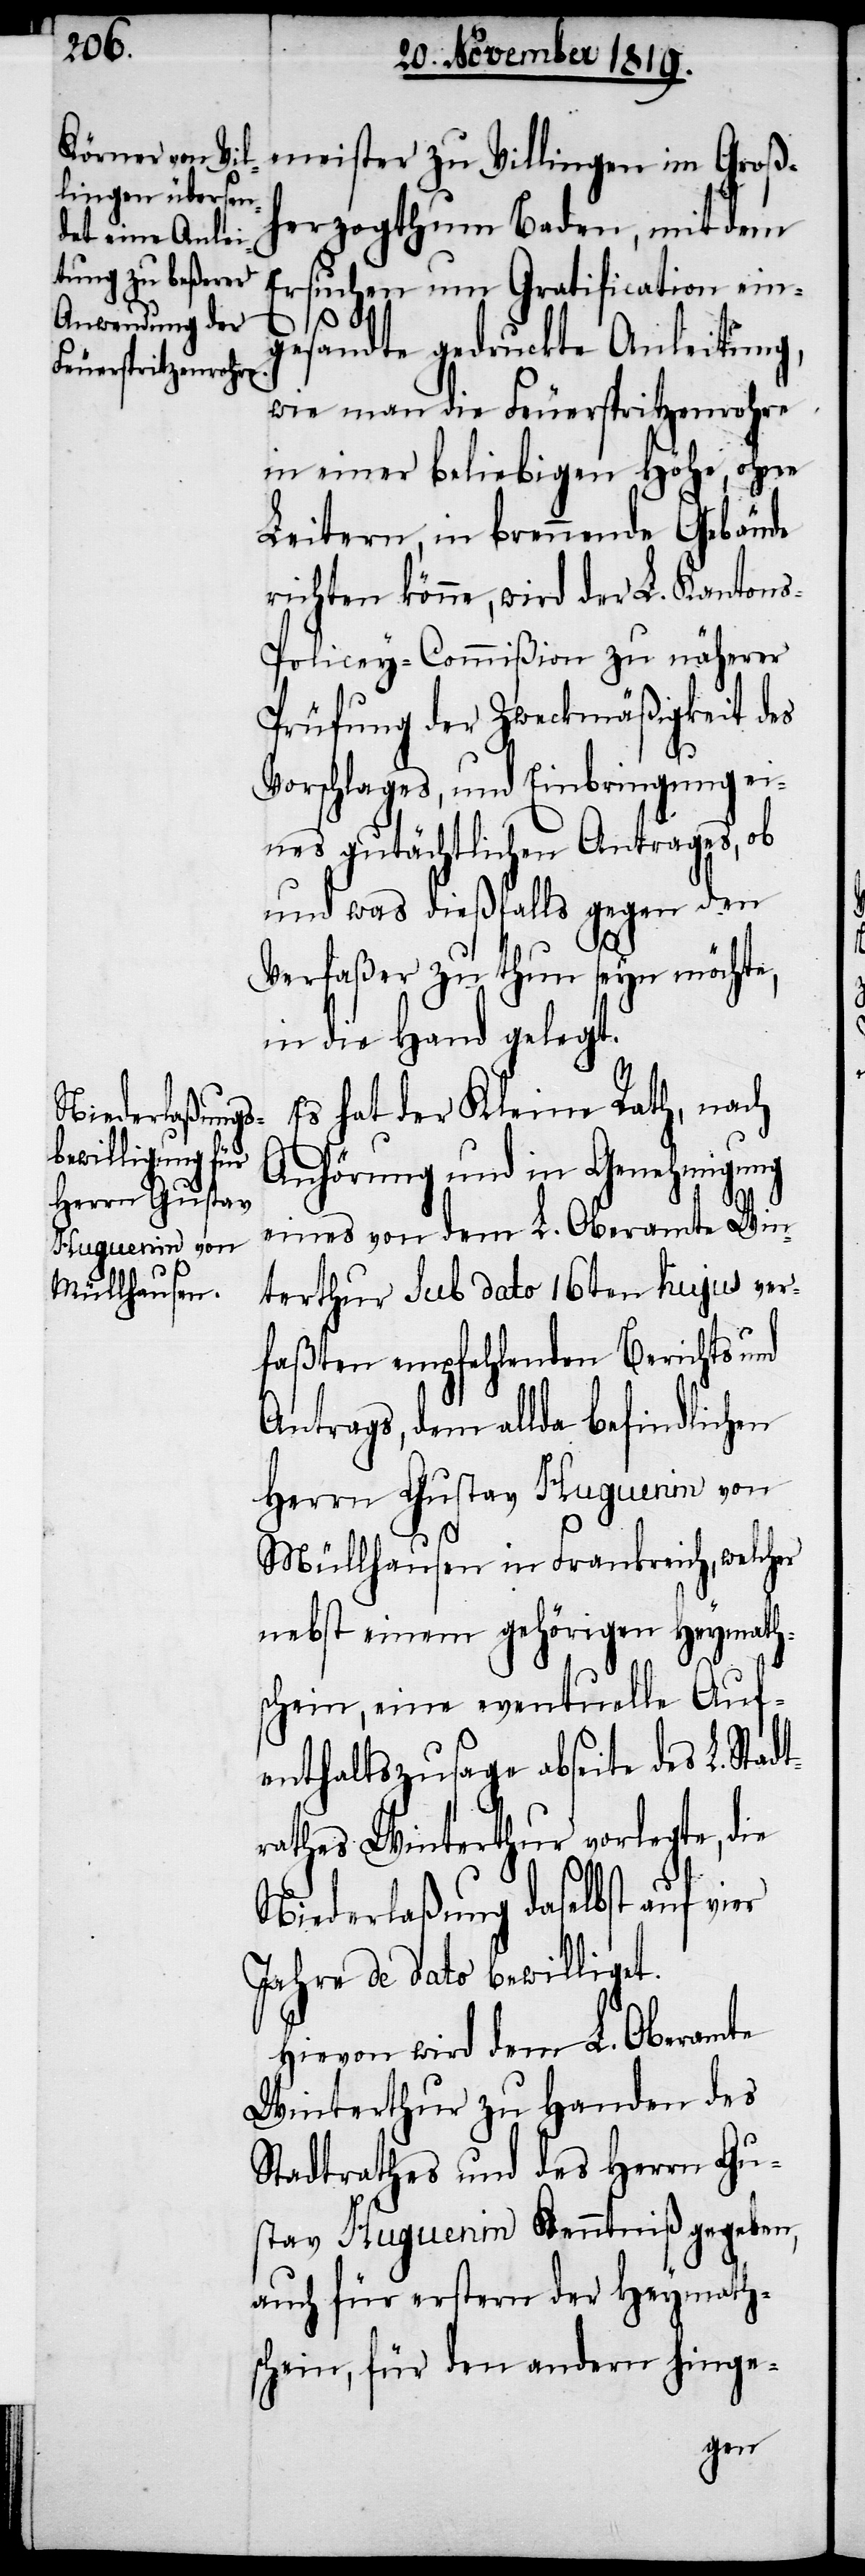
t¬

meister zu Villingen im Groß¬
herzogthum Baden, mit dem
Ersuchen um Gratification ein¬
gesandte gedruckte Anleitung,
wie man die Feuerspritzenrohre
in einer beliebigen Höhe, ohne
Leitern, in brennende Gebäude
richten könne, wird der L. Kanton¬
s-Policey-Commißion zu näherer
Prüfung der Zweckmäßigkeit des
Vorschlages, und Einbringung ei¬
nes gutächtlichen Antrages, ob
und was dießfalls gegen den
Verfaßer zu thun seyn möchte,
in die Hand gelegt.
Es hat der Kleine Rath, nach
Anhörung und in Genehmigung
eines von dem L. Oberamte Win¬
terthur sub dato 16ten hujus ver¬
faßten empfehlenden Berichts und
Antrags, dem allda befindlichen
Herrn Gustav Huguenin von
Müllhausen in Frankreich, welcher
nebst einem gehörigen Heymath¬
schein, eine eventuelle Auf¬
enthaltszusage abseite des L. Stad¬
rathes Winterthur vorlegte, die
Niederlaßung daselbst auf vier
Jahre de dato bewilliget.
Hievon wird dem L. Oberamte
Winterthur zu Handen des
Stadtrathes und des Herrn Gu¬
stav Huguenin Kenntniß gegeben,
auch für erstern der Heymaths¬
chein, für den andern hinge-